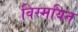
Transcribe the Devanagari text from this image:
विस्मयित